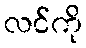
လင်ကို